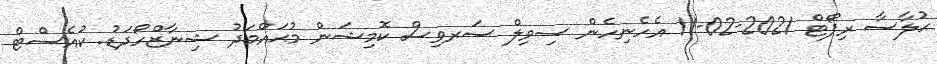
ޙުލާސާ ރިޕޯޓް 2021-02-11 އެހެނިހެން ސިވިލް ސަރވިސް ކޮމިޝަން މުޙައްމަދު ޝިނާޒްހޯދަޑު. ކުއެސްޓް